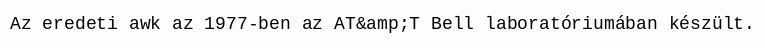
Az eredeti awk az 1977-ben az AT&amp;T Bell laboratóriumában készült.